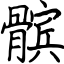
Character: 髌